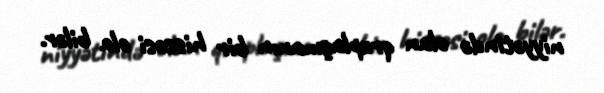
niyyətində olan qruplaşmanın bir hissəsi ola bilər.